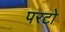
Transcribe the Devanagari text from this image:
परटो